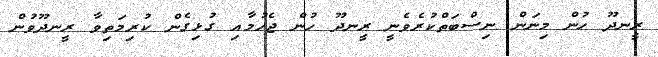
ރީނދޫ ހުން މިނަން ނިސްބަތްކުރެވެނީ ރީނދޫ ހުން ޖެހުމާއި ގުޅިގެން ކުރިމަތިވާ ރީނދޫވުން